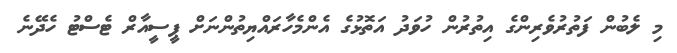
މި ލެބުން ފަތުރުވެރިންގެ އިތުރުން ހުވަދު އަތޮޅުގެ އެންމެހާރައްޔިތުންނަށް ޕީސީއާރް ޓެސްޓު ހެދޭނެ